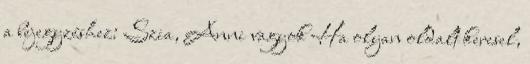
a bejegyzéshez: Szia, Anni vagyok Ha olyan oldalt keresel,